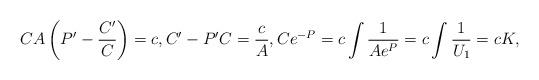
LaTeX: \begin{align*} CA \left( P' - \frac{C'}{C} \right) = c, C' - P'C = \frac{c}A, C e^{-P} = c \int \frac{1}{Ae^P} = c \int \frac{1}{U_1} = cK ,\end{align*}